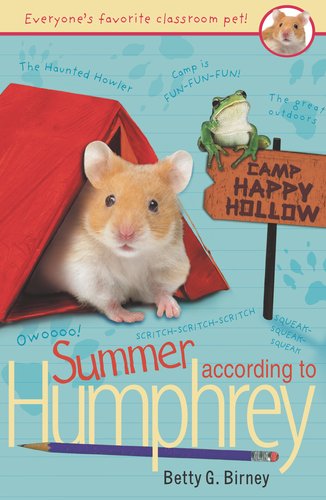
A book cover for Summer According to Humphrey; Betty G. Birney; Children's Books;